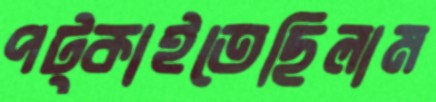
পট্‌কাইতেছিলাম